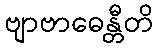
ဗျာဗာဓေန္တီတိ